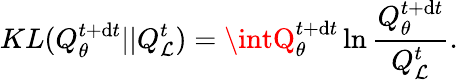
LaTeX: KL(Q_{\theta}^{t+\mathrm{d}t}||Q_{\mathcal{{L}}}^{t})=\intQ_{\theta}^{t+\mathrm{d}t}\ln\frac{{Q_{\theta}^{t+\mathrm{d}t}}}{{Q_{\mathcal{{L}}}^{t}}}.